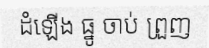
ដំឡើង ធ្នូ ចាប់ ព្រួញ